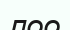
лоо